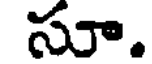
సూ.